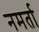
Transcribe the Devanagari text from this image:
नमर्ता